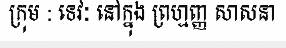
ក្រុម : ទេវៈ នៅក្នុង ព្រហ្មញ្ញ សាសនា